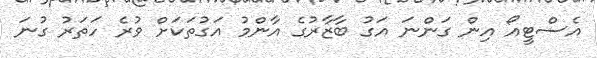
އެސްޓީއޯ އިން ގަންނަ އަގު ބާޒާރުގެ އާންމު އަގުތަކަށް ވުރެ ހަތަރު ގުނަ